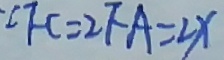
\because \angle F C = 2 F A = 2 x